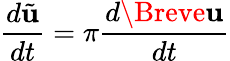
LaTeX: \frac{d\tilde{\mathbf{u}}}{dt}=\pi\frac{d\Breve{\mathbf{u}}}{dt}